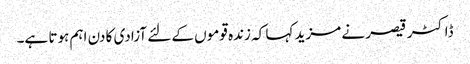
ڈاکٹر قیصر نے مزید کہا کہ زندہ قوموں کے لئے آزادی کا دن اہم ہوتا ہے۔